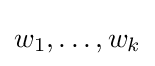
w_{1},\ldots ,w_{k}